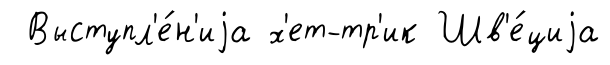
Выступл'е́н'иjа х'ет-тр'ик Шв'е́циjа